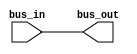
/*
 * This IP is the BUS demultiplexer implementation.
 * 
 * Copyright (C) 2020  Iulian Gheorghiu (morgoth@devboard.tech)
 * 
 * This program is free software; you can redistribute it and/or
 * modify it under the terms of the GNU General Public License
 * as published by the Free Software Foundation; either version 2
 * of the License, or (at your option) any later version.
 * 
 * This program is distributed in the hope that it will be useful,
 * but WITHOUT ANY WARRANTY; without even the implied warranty of
 * MERCHANTABILITY or FITNESS FOR A PARTICULAR PURPOSE.  See the
 * GNU General Public License for more details.
 * 
 * You should have received a copy of the GNU General Public License
 * along with this program; if not, write to the Free Software
 * Foundation, Inc., 51 Franklin Street, Fifth Floor, Boston, MA  02110-1301, USA.
 */

`timescale 1ns / 1ps

module io_bus_dmux # (
		parameter BITS_PER_BUS = 8,
		parameter NR_OF_BUSSES_IN = 1
		)(
		input [(NR_OF_BUSSES_IN * BITS_PER_BUS) - 1 : 0]bus_in,
		output reg[BITS_PER_BUS - 1:0]bus_out
		);
reg [NR_OF_BUSSES_IN - 1 : 0]tmp_busses_bits;
integer cnt_add_busses;
integer cnt_add_bits;
		always @ *
		begin
			for(cnt_add_bits = 0; cnt_add_bits < BITS_PER_BUS; cnt_add_bits = cnt_add_bits + 1)
			begin: DMUX_IO_DATA_BITS
				for(cnt_add_busses = 0; cnt_add_busses < NR_OF_BUSSES_IN; cnt_add_busses = cnt_add_busses + 1)
				begin: DMUX_IO_DATA_BUSES
					tmp_busses_bits[cnt_add_busses] = bus_in[(cnt_add_busses * BITS_PER_BUS) + cnt_add_bits];
				end
				bus_out[cnt_add_bits] = |tmp_busses_bits;
			end
		end
endmodule